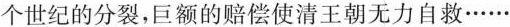
个世纪的分裂，巨额的赔偿使清王朝无力自救······